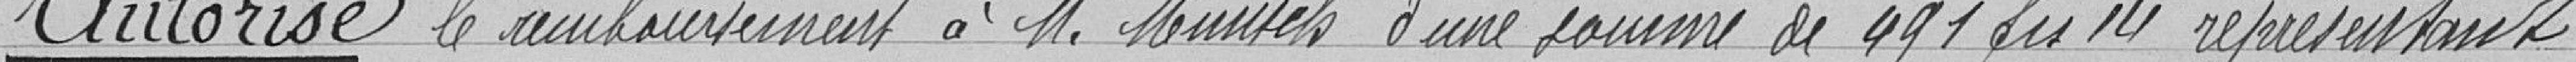
Autorise le remboursement à Monsieur Munsch d'une somme de 491,14 francs représentant